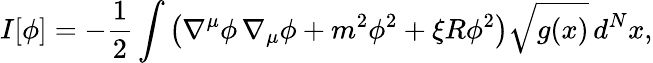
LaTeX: I[\phi]=-{\frac{1}{2}}\int\left(\nabla^{\mu}\phi\, \nabla_{\mu}\phi+m^{2}\phi^{2}+\xi R\phi^{2}\right)\sqrt{g(x)}\, d^{N}x,